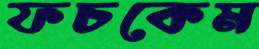
ফচকেম